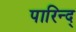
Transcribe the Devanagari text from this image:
पारिन्द्